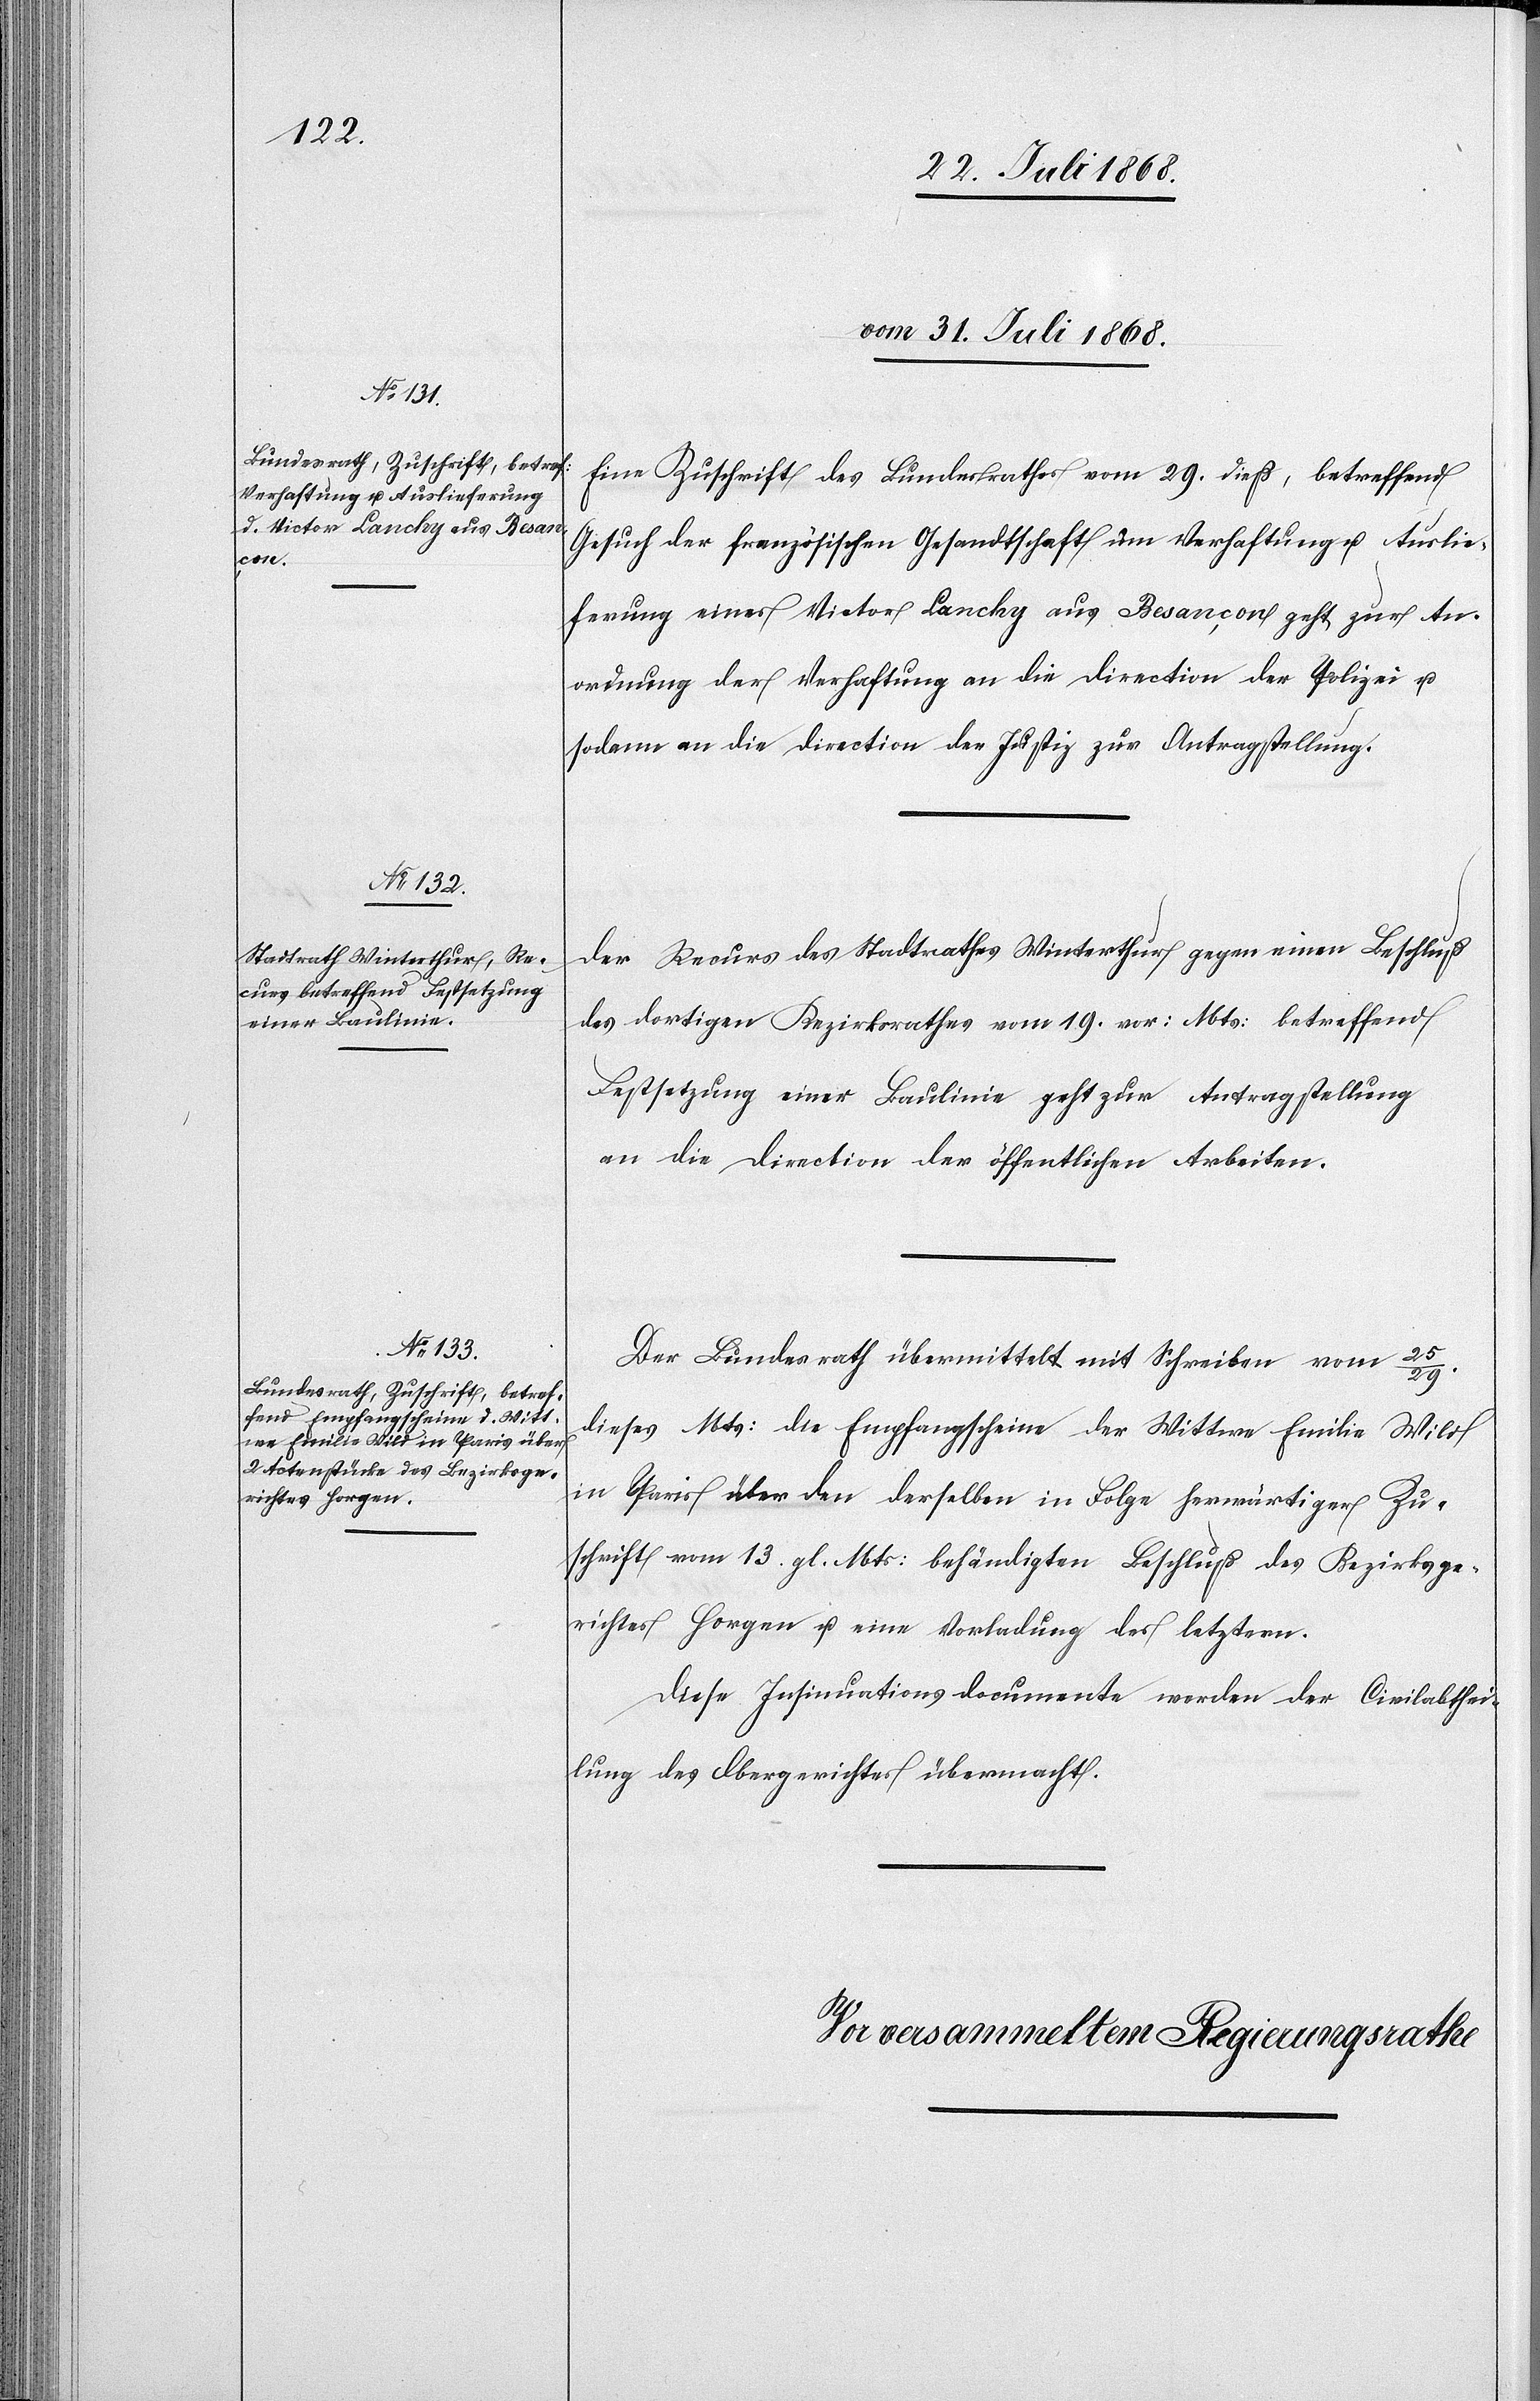
vom 31. Juli 1868.]
Eine Zuschrift des Bundesrathes vom 29. dieß, betreffend
Gesuch der französischen Gesandtschaft um Verhaftung u. Auslie¬
ferung eines Victor Lanchy aus Besançon geht zur An¬
ordnung der Verhaftung an die Direction der Polizei u.
sodann an die Direction der Justiz zur Antragstellung.
Der Recurs des Stadtrathes Winterthur gegen einen Beschluß
des dortigen Bezirksrathes vom 19. vor: Mts: betreffend
Festsetzung einer Baulinie geht zur Antragstellung
an die Direction der öffentlichen Arbeiten.
Der Bundesrath übermittelt mit Schreiben vom 25/29.
dieses Mts: die Empfangscheine der Wittwe Emilie Wild
in Paris über den derselben in Folge herwärtiger Zu¬
schrift vom 13. gl. Mts: behändigten Beschluß des Bezirksge¬
richtes Horgen u. eine Vorladung des letztern.
Diese Insinuationsdocumente werden der Civilabthei¬
lung des Obergerichtes übermacht.